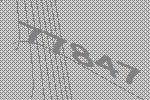
77847